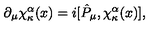
\partial _ { \mu } \chi _ { \kappa } ^ { \alpha } ( x ) = i [ \hat { P } _ { \mu } , \chi _ { \kappa } ^ { \alpha } ( x ) ] ,